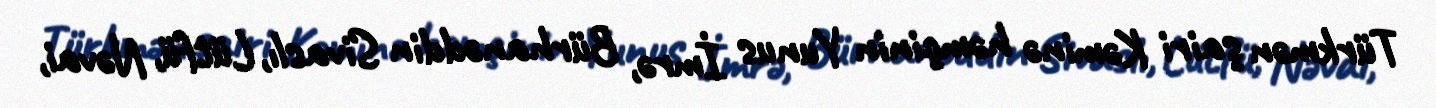
Türkmən şairi Kəminə həmçinin Yunus İmrə, Bürhanəddin Sivaslı, Lütfü, Nəvai,